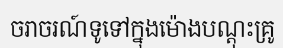
ចរាចរណ៍ទូទៅក្នុងម៉ោងបណ្តុះគ្រូ